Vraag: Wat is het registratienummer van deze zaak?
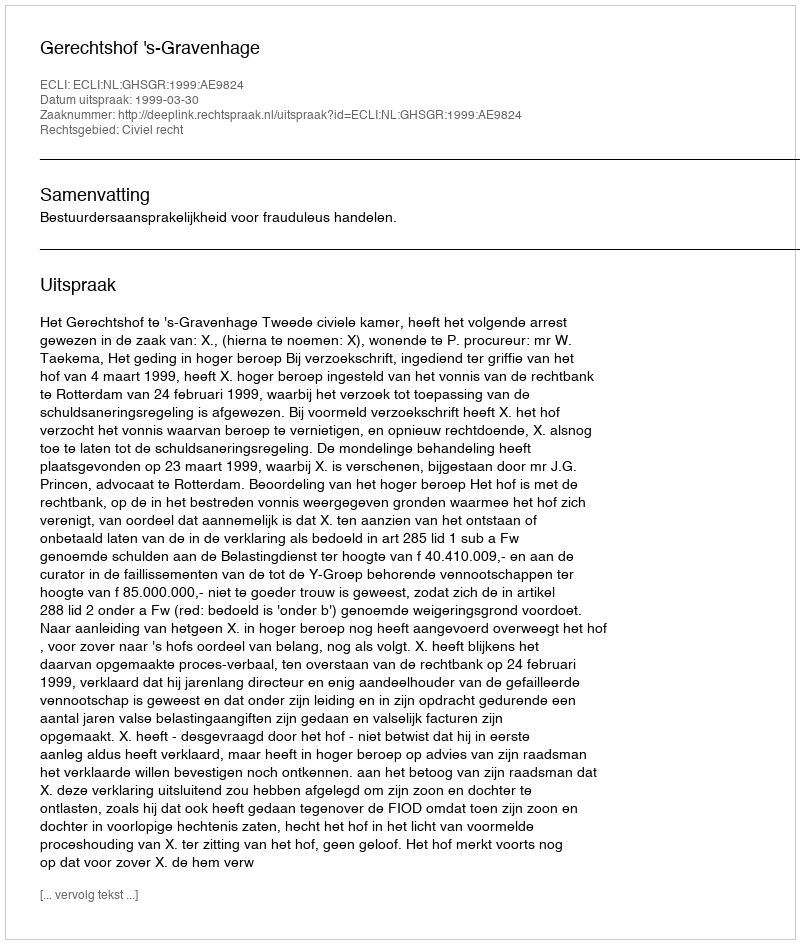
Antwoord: http://deeplink.rechtspraak.nl/uitspraak?id=ECLI:NL:GHSGR:1999:AE9824